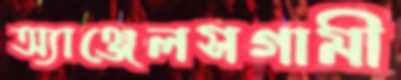
অ্যাঞ্জেলসগামী